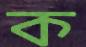
ক